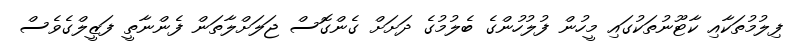
ފިލުމުތަކާއި ކާޓޫނުތަކުގައި މީހުން ފުލުހުންގެ ބެލުމުގެ ދަށަށް ގެންގޮސް ޖަލަށްލާތަން ފެންނާތީ ފަޒީލްގެވެސް